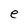
Character: e